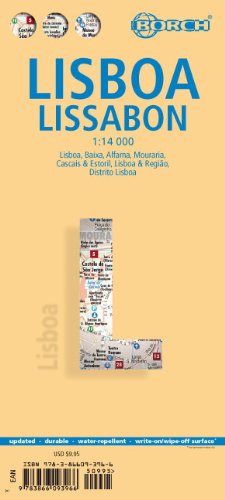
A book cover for Laminated Lisbon Map by Borch (English, Spanish, French, Italian, German and Japanese Edition); Borch; Travel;